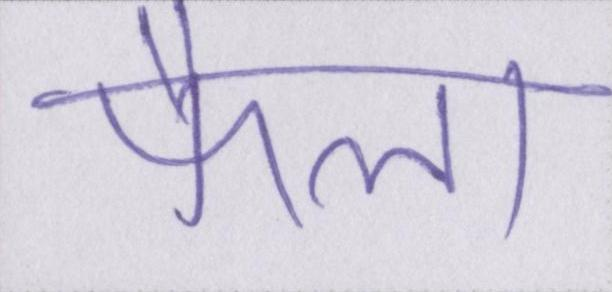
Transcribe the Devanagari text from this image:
फैला